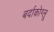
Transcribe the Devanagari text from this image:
बर्दाकोग्लू